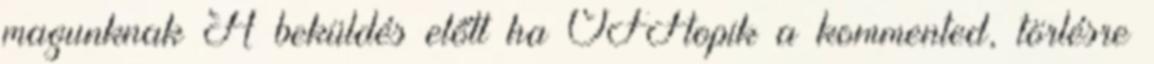
magunknak A beküldés előtt ha OFFtopik a kommented, törlésre